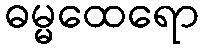
ဓမ္မထေရော